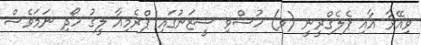
ވިއޭރާ އާއި ޕެލެގްރީނީ (ވ) ހުސްވި ސީޒަނުގައި ޕްރެމިއާ ލީގު ހޯދި ނަމަވެސް